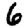
Digit: 6